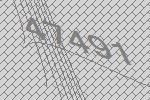
47491